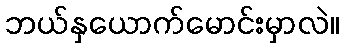
ဘယ်နှယောက်မောင်းမှာလဲ။